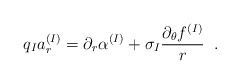
\begin{align*} q_{I}a^{(I)}_{r}=\partial_{r}\alpha^{(I)} +\sigma_{I}\frac{\partial_{\theta}f^{(I)}}{r} \;\;.\end{align*}